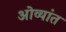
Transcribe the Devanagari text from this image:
ओव्यांत